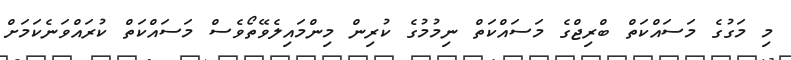
މި މަގުގެ މަސައްކަތް ބްރިޖްގެ މަސައްކަތް ނިމުމުގެ ކުރިން މިންމައިލެވޭތޯވެސް މަސައްކަތް ކުރައްވަނެކަމަށް